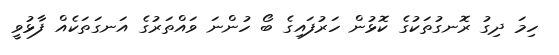
ހިމަ ދިގު ރޮނގުތަކުގެ ކޮޅުން ހަރުފައިގެ ބޯ ހުންނަ ވައްތަރުގެ އަނގަތަކެއް ފާޅުވީ